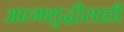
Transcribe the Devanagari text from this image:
आत्मशुद्धीसाठी